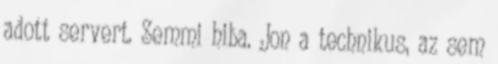
adott servert. Semmi hiba. Jon a technikus, az sem